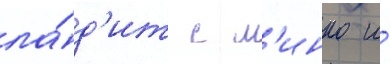
ла́д'ит с м'инко и́